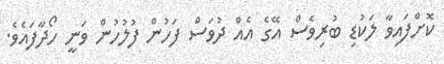
ކޮށްފައިވާ ލަކުޑި ބުރިވެސް އޭގެ އެއް ދުވަސް ފަހުން ފުލުހުން ވަނީ ހޯދާފައެވެ.